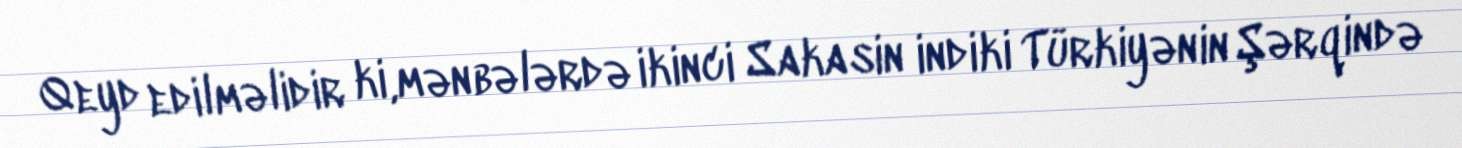
Qeyd edilməlidir ki,mənbələrdə ikinci Sakasin indiki Türkiyənin Şərqində